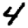
Digit: 4